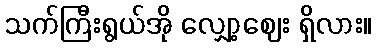
သက်ကြီးရွယ်အို လျှော့ဈေး ရှိလား။